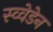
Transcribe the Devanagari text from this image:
स्व्वेडेन